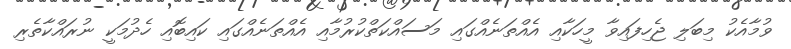
ވުމާއެކު މިބަލި ޖެހިފައިވާ މީހަކާއި އެއްތަނެއްގައި މަސައްކަތްކުރުމާއި އެއްތަނެއްގައި ކައިބޮއި ހެދުމަކީ ނުރައްކާތެރި